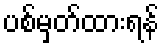
ပစ်မှတ်ထားရန်